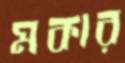
মকার